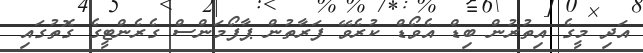
އަދި މީގެ އިތުރުން ބިޑް އެވޯޑް ކުރެވޭ ފަރާތުން ޕާފޯމަންސް ގެރެންޓީގެ ގޮތުގައި